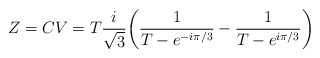
\begin{align*}Z = CV = T {i \over \sqrt{3}} \biggl( {1\over T- e^{-i \pi/3} } - {1\over T - e^{i \pi/3}} \biggr)\end{align*}